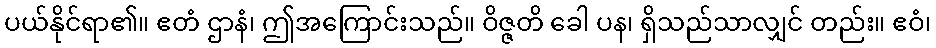
ပယ်နိုင်ရာ၏။ ဧတံ ဌာနံ၊ ဤအကြောင်းသည်။ ဝိဇ္ဇတိ ခေါ ပန၊ ရှိသည်သာလျှင် တည်း။ ဧဝံ၊